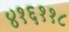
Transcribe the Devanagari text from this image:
४१६११८